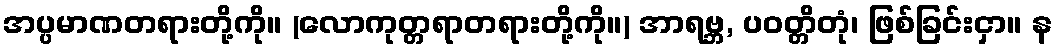
အပ္ပမာဏတရားတို့ကို။ (လောကုတ္တရာတရားတို့ကို။) အာရဗ္ဘ, ပဝတ္တိတုံ၊ ဖြစ်ခြင်းငှာ။ န